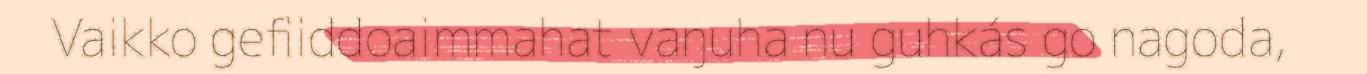
Vaikko gefiiddoaimmahat vaŋuha nu guhkás go nagoda,